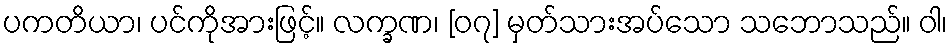
ပကတိယာ၊ ပင်ကိုအားဖြင့်။ လက္ခဏ၊ [၀၇] မှတ်သားအပ်သော သဘောသည်။ ဝါ၊